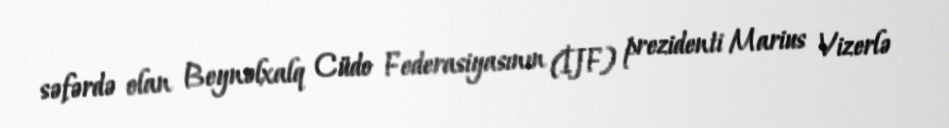
səfərdə olan Beynəlxalq Cüdo Federasiyasının (İJF) prezidenti Marius Vizerlə